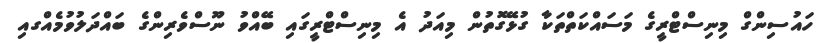
ހައުސިންގް މިނިސްޓްރީގެ މަސައްކަތްތަކާ ގުޅޭގޮތުން މިއަދު އެ މިނިސްޓްރީގައި ބޭއްވު ނޫސްވެރިންގެ ބައްދަލުވުމެއްގއި